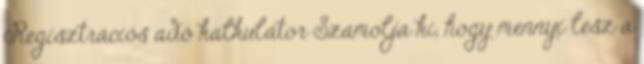
Regisztrációs adó kalkulátor Számolja ki, hogy mennyi lesz a